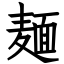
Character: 麺